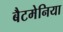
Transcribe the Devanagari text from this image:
बैटमेनिया